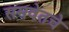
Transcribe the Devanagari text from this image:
समवेतचे